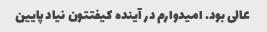
عالی بود. امیدوارم در آینده کیفتتون نیاد پایین